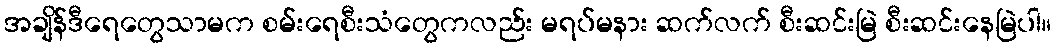
အချိန်ဒီရေတွေသာမက စမ်းရေစီးသံတွေကလည်း မရပ်မနား ဆက်လက် စီးဆင်းမြဲ စီးဆင်းနေမြဲပါ။